Vaccination in Burma 1912-1922 - 1912-1922
Year: 1912
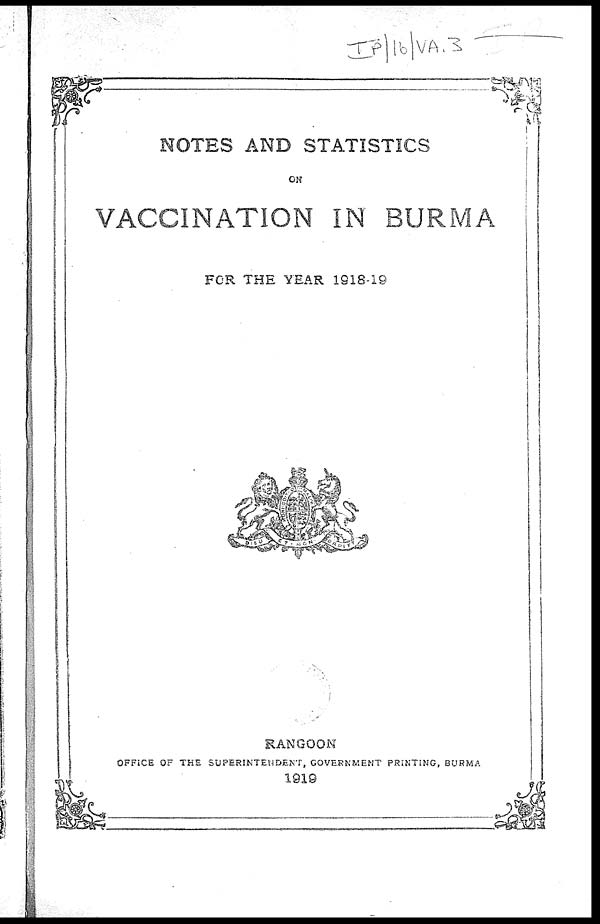
NOTES AND STATISTICS
ON
VACCINATION IN BURMA
FOR THE YEAR 1918-19
RANGOON
OFFICE OF THE SUPERINTENDENT, GOVERNMENT PRINTING, BURMA
1919